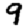
Digit: 9